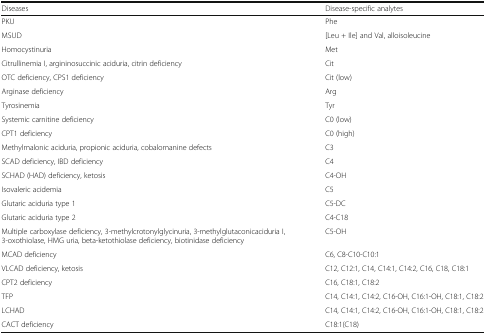
<table><thead><tr><td><b>Diseases</b></td><td><b>Disease-specific analytes</b></td></tr></thead><tbody><tr><td>PKU</td><td>Phe</td></tr><tr><td>MSUD</td><td>[Leu + Ile] and Val, alloisoleucine</td></tr><tr><td>Homocystinuria</td><td>Met</td></tr><tr><td>Citrullinemia I, argininosuccinic aciduria, citrin deficiency</td><td>Cit</td></tr><tr><td>OTC deficiency, CPS1 deficiency</td><td>Cit (low)</td></tr><tr><td>Arginase deficiency</td><td>Arg</td></tr><tr><td>Tyrosinemia</td><td>Tyr</td></tr><tr><td>Systemic carnitine deficiency</td><td>C0 (low)</td></tr><tr><td>CPT1 deficiency</td><td>C0 (high)</td></tr><tr><td>Methylmalonic aciduria, propionic aciduria, cobalomanine defects</td><td>C3</td></tr><tr><td>SCAD deficiency, IBD deficiency</td><td>C4</td></tr><tr><td>SCHAD (HAD) deficiency, ketosis</td><td>C4-OH</td></tr><tr><td>Isovaleric acidemia</td><td>C5</td></tr><tr><td>Glutaric aciduria type 1</td><td>C5-DC</td></tr><tr><td>Glutaric aciduria type 2</td><td>C4-C18</td></tr><tr><td>Multiple carboxylase deficiency, 3-methylcrotonylglycinuria, 3-methylglutaconicaciduria I, 3-oxothiolase, HMG uria, beta-ketothiolase deficiency, biotinidase deficiency</td><td>C5-OH</td></tr><tr><td>MCAD deficiency</td><td>C6, C8-C10-C10:1</td></tr><tr><td>VLCAD deficiency, ketosis</td><td>C12, C12:1, C14, C14:1, C14:2, C16, C18, C18:1</td></tr><tr><td>CPT2 deficiency</td><td>C16, C18:1, C18:2</td></tr><tr><td>TFP</td><td>C14, C14:1, C14:2, C16-OH, C16:1-OH, C18:1, C18:2</td></tr><tr><td>LCHAD</td><td>C14, C14:1, C14:2, C16-OH, C16:1-OH, C18:1, C18:2</td></tr><tr><td>CACT deficiency</td><td>C18:1(C18)</td></tr></tbody></table>